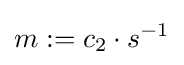
m:=c_{2}\cdot s^{-1}